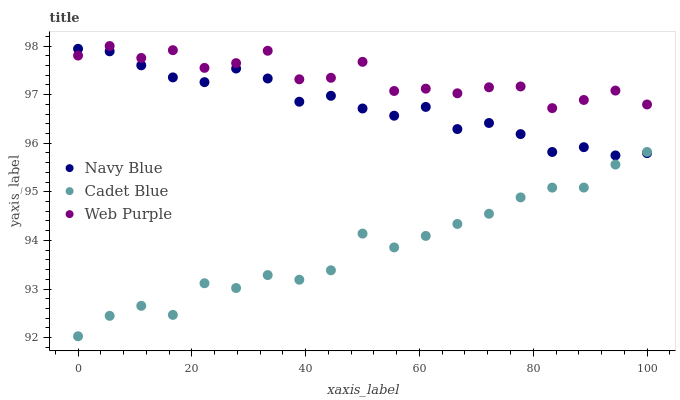
| xaxis_label | Navy Blue | Cadet Blue | Web Purple |
 | --- | --- | --- | --- |
 | 0 | 97.9 | 92 | 97.8 |
 | 5.56 | 97.9 | 92.4 | 98 |
 | 11.1 | 97.6 | 92.7 | 97.8 |
 | 16.7 | 97.4 | 92.5 | 97.9 |
 | 22.2 | 97.3 | 93.1 | 97.6 |
 | 27.8 | 97.5 | 93 | 97.6 |
 | 33.3 | 97.3 | 93.3 | 97.9 |
 | 38.9 | 96.9 | 93.2 | 97.3 |
 | 44.4 | 97 | 93.4 | 97.3 |
 | 50 | 96.7 | 94.1 | 97.7 |
 | 55.6 | 96.6 | 93.9 | 97.1 |
 | 61.1 | 96.7 | 94.1 | 97.1 |
 | 66.7 | 96.3 | 94.3 | 97 |
 | 72.2 | 96.4 | 94.5 | 97.2 |
 | 77.8 | 96.2 | 94.9 | 97.2 |
 | 83.3 | 95.8 | 95.1 | 96.7 |
 | 88.9 | 95.9 | 95.1 | 96.9 |
 | 94.4 | 95.7 | 95.6 | 97.1 |
 | 100 | 95.8 | 95.8 | 96.8 |